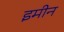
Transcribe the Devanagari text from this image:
इमीन